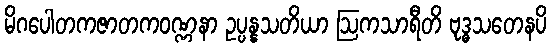
မိဂပေါတကဇာတကဝဏ္ဏနာ ဥပ္ပန္နသတိယာ ဩကသာရီတိ ဗုဒ္ဓသတေနပိ